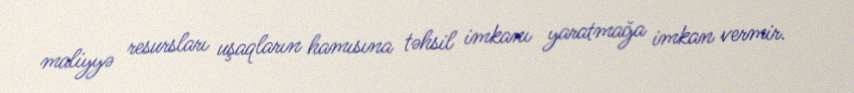
maliyyə resursları uşaqların hamısına təhsil imkanı yaratmağa imkan vermir.